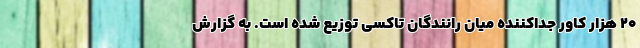
۲۰ هزار کاور جداکننده میان رانندگان تاکسی توزیع شده است. به گزارش